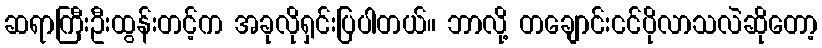
ဆရာကြီးဦးထွန်းတင့်က အခုလိုရှင်းပြပါတယ်။ ဘာလို့ တချောင်းငင်ပိုလာသလဲဆိုတော့